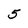
Character: 5